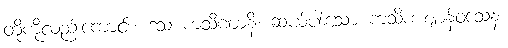
တို့ကိုလည်းကောင်း။ ဒသ ကသိဏာနိ၊ ဆယ်ပါးသော ကသိဏဈာန်ဝသေန၊